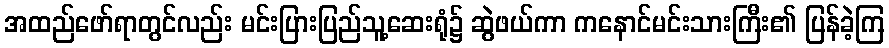
အထည်ဖော်ရာတွင်လည်း မင်းပြားပြည်သူ့ဆေးရုံ၌ ဆွဲဖယ်ကာ ကနောင်မင်းသားကြီး၏ ပြန်ခဲ့ကြ